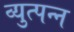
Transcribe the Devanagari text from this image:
व्युत्पन्‍न